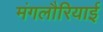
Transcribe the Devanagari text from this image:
मंगलौरियाई